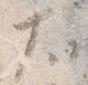
太